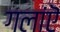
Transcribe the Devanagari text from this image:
गलांऎ